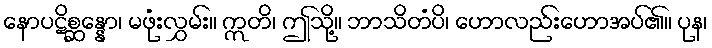
နောပဋိစ္ဆန္နော၊ မဖုံးလွှမ်း။ ဣတိ၊ ဤသို့။ ဘာသိတံပိ၊ ဟောလည်းဟောအပ်၏။ ပုန၊